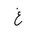
Letter: _gayn